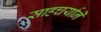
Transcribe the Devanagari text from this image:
साहचर्यानें